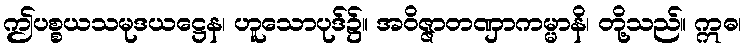
ဤပစ္စယသမုဒယဋ္ဌေန၊ ဟူသောပုဒ်၌။ အဝိဇ္ဇာတဏှာကမ္မာနိ၊ တို့သည်။ ဣဓ၊